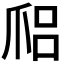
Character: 𤔑